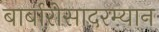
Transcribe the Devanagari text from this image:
बार्बारोसादरम्यान